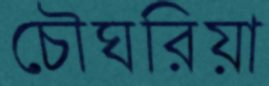
চৌঘরিয়া